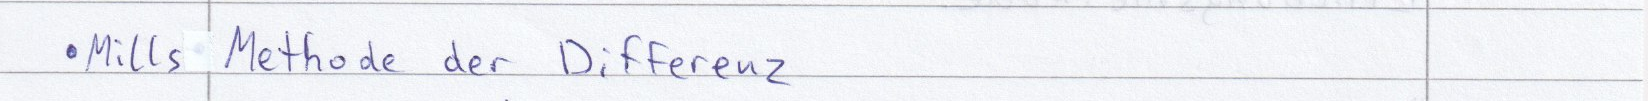
Mills Methode der Differenz